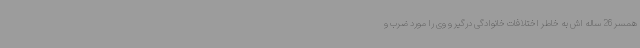
همسر 26 ساله اش به خاطر اختلافات خانوادگی درگیر و وی را مورد ضرب و